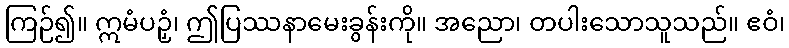
ကြဉ်၍။ ဣမံပဉှံ၊ ဤပြဿနာမေးခွန်းကို။ အညော၊ တပါးသောသူသည်။ ဧဝံ၊